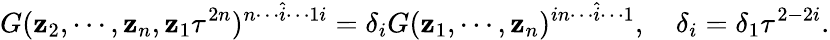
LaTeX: G(\mathbf{z}_{2},\cdots,\mathbf{z}_{n},\mathbf{z}_{1}\tau^{2n})^{n\cdots\hat{{i}}\cdots1i}=\delta_{i}G(\mathbf{z}_{1},\cdots,\mathbf{z}_{n})^{in\cdots\hat{{i}}\cdots1},~~~~\delta_{i}=\delta_{1}\tau^{2-2i}.